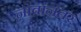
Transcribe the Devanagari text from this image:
नावांनंतर